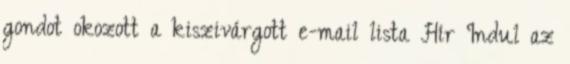
gondot okozott a kiszivárgott e-mail lista Hír Indul az